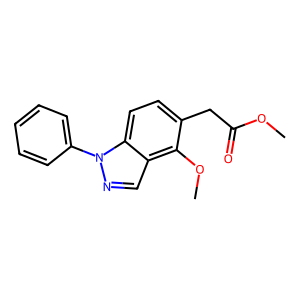
SMILES: COC(=O)Cc1ccc2c(cnn2-c2ccccc2)c1OC
Inhibits HIV replication: No